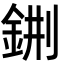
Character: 𨦕